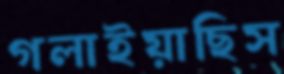
গলাইয়াছিস